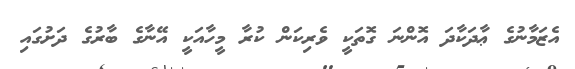
އެޒަމާނުގެ ޢާދަކާދަ އޮންނަ ގޮތަކީ ވެރިކަން ކުރާ މީހާއަކީ އޭނާގެ ބާރުގެ ދަށުގައި